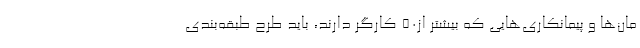
مان‌ها و پیمانکاری‌هایی که بیشتر از۵۰ کارگر دارند، باید طرح طبقه‌بندی